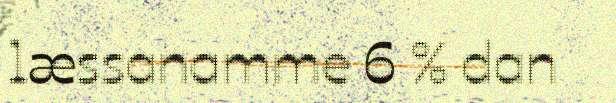
læssanamme 6 % dan